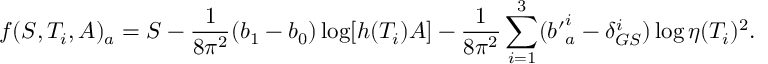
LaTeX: f ( S , T _ { i } , A ) _ { a } = S - { \frac { 1 } { 8 \pi ^ { 2 } } } ( b _ { 1 } - b _ { 0 } ) \log \lbrack h ( T _ { i } ) A \rbrack - { \frac { 1 } { 8 \pi ^ { 2 } } } \sum _ { i = 1 } ^ { 3 } ( { b ^ { \prime } } _ { a } ^ { i } - \delta _ { G S } ^ { i } ) \log \eta ( T _ { i } ) ^ { 2 } { } .